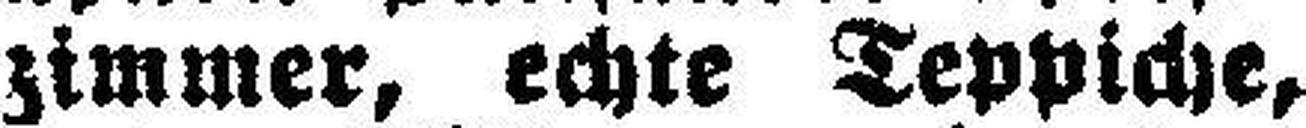
zimmer, echte Teppiche,